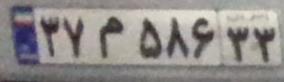
۳۷م۵۸۶۳۳